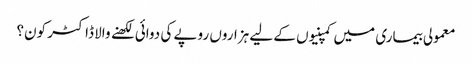
معمولی بیماری میں کمپنیوں کے لیے ہزاروں روپے کی دوائی لکھنے والا ڈاکٹر کون؟